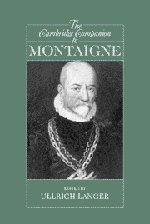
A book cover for The Cambridge Companion to Montaigne (Cambridge Companions to Philosophy); Politics & Social Sciences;